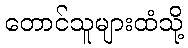
တောင်သူများထံသို့